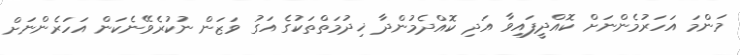
މަންމަ އަހަރުމެންނަށް ކޮއްދީފައިވާ އަދި ކޮއްދެމުންދާ ޚިދުމަތްތަކުގެ އަގު ވަޒަން ނުކުރެވޭނެކަން އަހަރެންނަށް